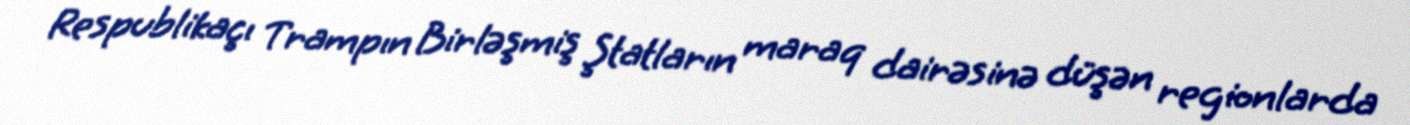
Respublikaçı Trampın Birləşmiş Ştatların maraq dairəsinə düşən regionlarda